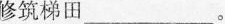
修筑梯田___。